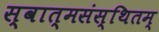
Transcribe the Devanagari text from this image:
स्वात्मसंस्थितम्